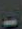
-